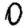
Digit: 0